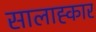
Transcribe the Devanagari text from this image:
सालाह्कार